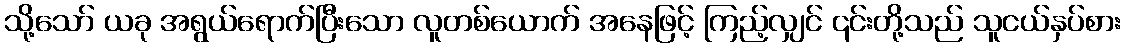
သို့သော် ယခု အရွယ်ရောက်ပြီးသော လူတစ်ယောက် အနေဖြင့် ကြည့်လျှင် ၎င်းတို့သည် သူငယ်နှပ်စား